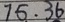
7 6 . 3 6